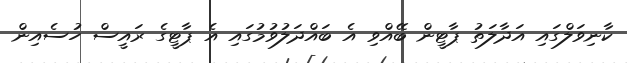
ކާނިވަލްގައި އަދާލަތު ޕާޓީން ބޭއްވި އެ ބައްދަލުވުމުގައި އެ ޕާޓީގެ ރައީސް ހުސެއިން